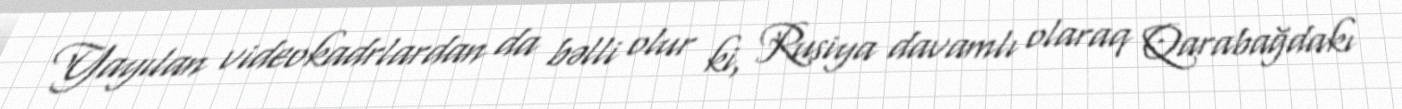
Yayılan videokadrlardan da bəlli olur ki, Rusiya davamlı olaraq Qarabağdakı